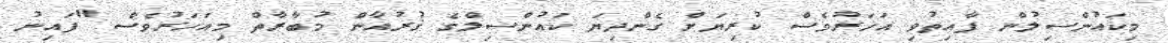
މިކައުންސިލުން ފާއިތުވި އަހަރުވެސް ކުރިޔަށް ގެންދިޔަ ކައުންސިލްގެ ޤުރުއާން މުބާރާތް މިއަހަރުވެސް "ފައިނު